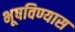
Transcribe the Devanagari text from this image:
भूषविण्यास